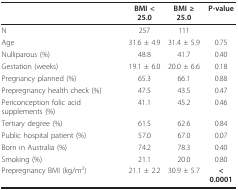
<table><thead><tr><td></td><td><b>BMI &lt; 25.0</b></td><td><b>BMI ≥ 25.0</b></td><td><b>P-value</b></td></tr></thead><tbody><tr><td>N</td><td>257</td><td>111</td><td></td></tr><tr><td>Age</td><td>31.6 ± 4.9</td><td>31.4 ± 5.9</td><td>0.75</td></tr><tr><td>Nulliparous (%)</td><td>48.8</td><td>41.7</td><td>0.40</td></tr><tr><td>Gestation (weeks)</td><td>19.1 ± 6.0</td><td>20.0 ± 6.6</td><td>0.18</td></tr><tr><td>Pregnancy planned (%)</td><td>65.3</td><td>66.1</td><td>0.88</td></tr><tr><td>Prepregnancy health check (%)</td><td>47.5</td><td>43.5</td><td>0.47</td></tr><tr><td>Periconception folic acid supplements (%)</td><td>41.1</td><td>45.2</td><td>0.46</td></tr><tr><td>Tertiary degree (%)</td><td>61.5</td><td>62.6</td><td>0.84</td></tr><tr><td>Public hospital patient (%)</td><td>57.0</td><td>67.0</td><td>0.07</td></tr><tr><td>Born in Australia (%)</td><td>74.2</td><td>78.3</td><td>0.40</td></tr><tr><td>Smoking (%)</td><td>21.1</td><td>20.0</td><td>0.80</td></tr><tr><td>Prepregnancy BMI (kg/m<sup>2</sup>)</td><td>21.1 ± 2.2</td><td>30.9 ± 5.7</td><td><b>&lt; 0.0001</b></td></tr></tbody></table>